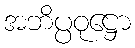
အဘိပ္ပဝုဋ္ဌော